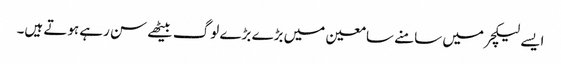
ایسے لیکچر میں سامنے سامعین میں بڑے بڑے لوگ بیٹھے سن رہے ہوتے ہیں۔